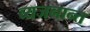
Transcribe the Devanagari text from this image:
व्यजनान्त